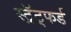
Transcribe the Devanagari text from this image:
स्ट्रॅट्फर्ड